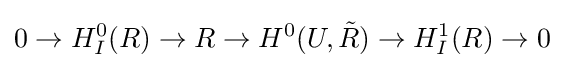
0\to H_{I}^{0}(R)\to R\to H^{0}(U,{\tilde {R}})\to H_{I}^{1}(R)\to 0